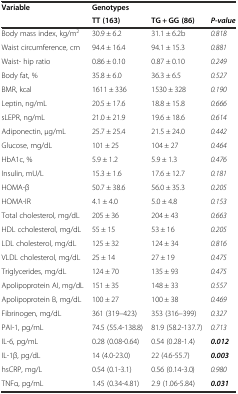
<table><thead><tr><td><b>Variable</b></td><td><b>Genotypes</b></td><td></td><td></td></tr><tr><td></td><td><b>TT (163)</b></td><td><b>TG + GG (86)</b></td><td><b><i>P-value</i></b></td></tr></thead><tbody><tr><td>Body mass index, kg/m<sup>2</sup></td><td>30.9 ± 6.2</td><td>31.1 ± 6.2b</td><td><i>0.818</i></td></tr><tr><td>Waist circumference, cm</td><td>94.4 ± 16.4</td><td>94.1 ± 15.3</td><td><i>0.881</i></td></tr><tr><td>Waist- hip ratio</td><td>0.86 ± 0.10</td><td>0.87 ± 0.10</td><td><i>0.249</i></td></tr><tr><td>Body fat, %</td><td>35.8 ± 6.0</td><td>36.3 ± 6.5</td><td><i>0.527</i></td></tr><tr><td>BMR, kcal</td><td>1611 ± 336</td><td>1530 ± 328</td><td><i>0.190</i></td></tr><tr><td>Leptin, ng/mL</td><td>20.5 ± 17.6</td><td>18.8 ± 15.8</td><td><i>0.666</i></td></tr><tr><td>sLEPR, ng/mL</td><td>21.0 ± 21.9</td><td>19.6 ± 18.6</td><td><i>0.614</i></td></tr><tr><td>Adiponectin, μg/mL</td><td>25.7 ± 25.4</td><td>21.5 ± 24.0</td><td><i>0.442</i></td></tr><tr><td>Glucose, mg/dL</td><td>101 ± 25</td><td>104 ± 27</td><td><i>0.464</i></td></tr><tr><td>HbA1c, %</td><td>5.9 ± 1.2</td><td>5.9 ± 1.3</td><td><i>0.476</i></td></tr><tr><td>Insulin, mU/L</td><td>15.3 ± 1.6</td><td>17.6 ± 12.7</td><td><i>0.181</i></td></tr><tr><td>HOMA-β</td><td>50.7 ± 38.6</td><td>56.0 ± 35.3</td><td><i>0.205</i></td></tr><tr><td>HOMA-IR</td><td>4.1 ± 4.0</td><td>5.0 ± 4.8</td><td><i>0.153</i></td></tr><tr><td>Total cholesterol, mg/dL</td><td>205 ± 36</td><td>204 ± 43</td><td><i>0.663</i></td></tr><tr><td>HDL ccholesterol, mg/dL</td><td>55 ± 15</td><td>53 ± 16</td><td><i>0.205</i></td></tr><tr><td>LDL cholesterol, mg/dL</td><td>125 ± 32</td><td>124 ± 34</td><td><i>0.816</i></td></tr><tr><td>VLDL cholesterol, mg/dL</td><td>25 ± 14</td><td>27 ± 19</td><td><i>0.475</i></td></tr><tr><td>Triglycerides, mg/dL</td><td>124 ± 70</td><td>135 ± 93</td><td><i>0.475</i></td></tr><tr><td>Apolipoprotein AI, mg/dL</td><td>151 ± 35</td><td>148 ± 33</td><td><i>0.557</i></td></tr><tr><td>Apolipoprotein B, mg/dL</td><td>100 ± 27</td><td>100 ± 38</td><td><i>0.469</i></td></tr><tr><td>Fibrinogen, mg/dL</td><td>361 (319–423)</td><td>353 (316–399)</td><td><i>0.327</i></td></tr><tr><td>PAI-1, pg/mL</td><td>74.5 (55.4-138.8)</td><td>81.9 (58.2-137.7)</td><td><i>0.713</i></td></tr><tr><td>IL-6, pg/mL</td><td>0.28 (0.08-0.64)</td><td>0.54 (0.28-1.4)</td><td><b><i>0.012</i></b></td></tr><tr><td>IL-1β, pg/dL</td><td>14 (4.0-23.0)</td><td>22 (4.6-55.7)</td><td><b><i>0.003</i></b></td></tr><tr><td>hsCRP, mg/L</td><td>0.54 (0.1-3.1)</td><td>0.56 (0.14-3.0)</td><td><i>0.980</i></td></tr><tr><td>TNFα, pg/mL</td><td>1.45 (0.34-4.81)</td><td>2.9 (1.06-5.84)</td><td><b><i>0.031</i></b></td></tr></tbody></table>